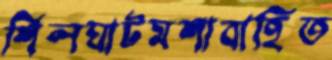
শিলঘাটমশাবাহিত